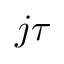
j \tau